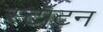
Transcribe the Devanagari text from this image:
स्टॉटन